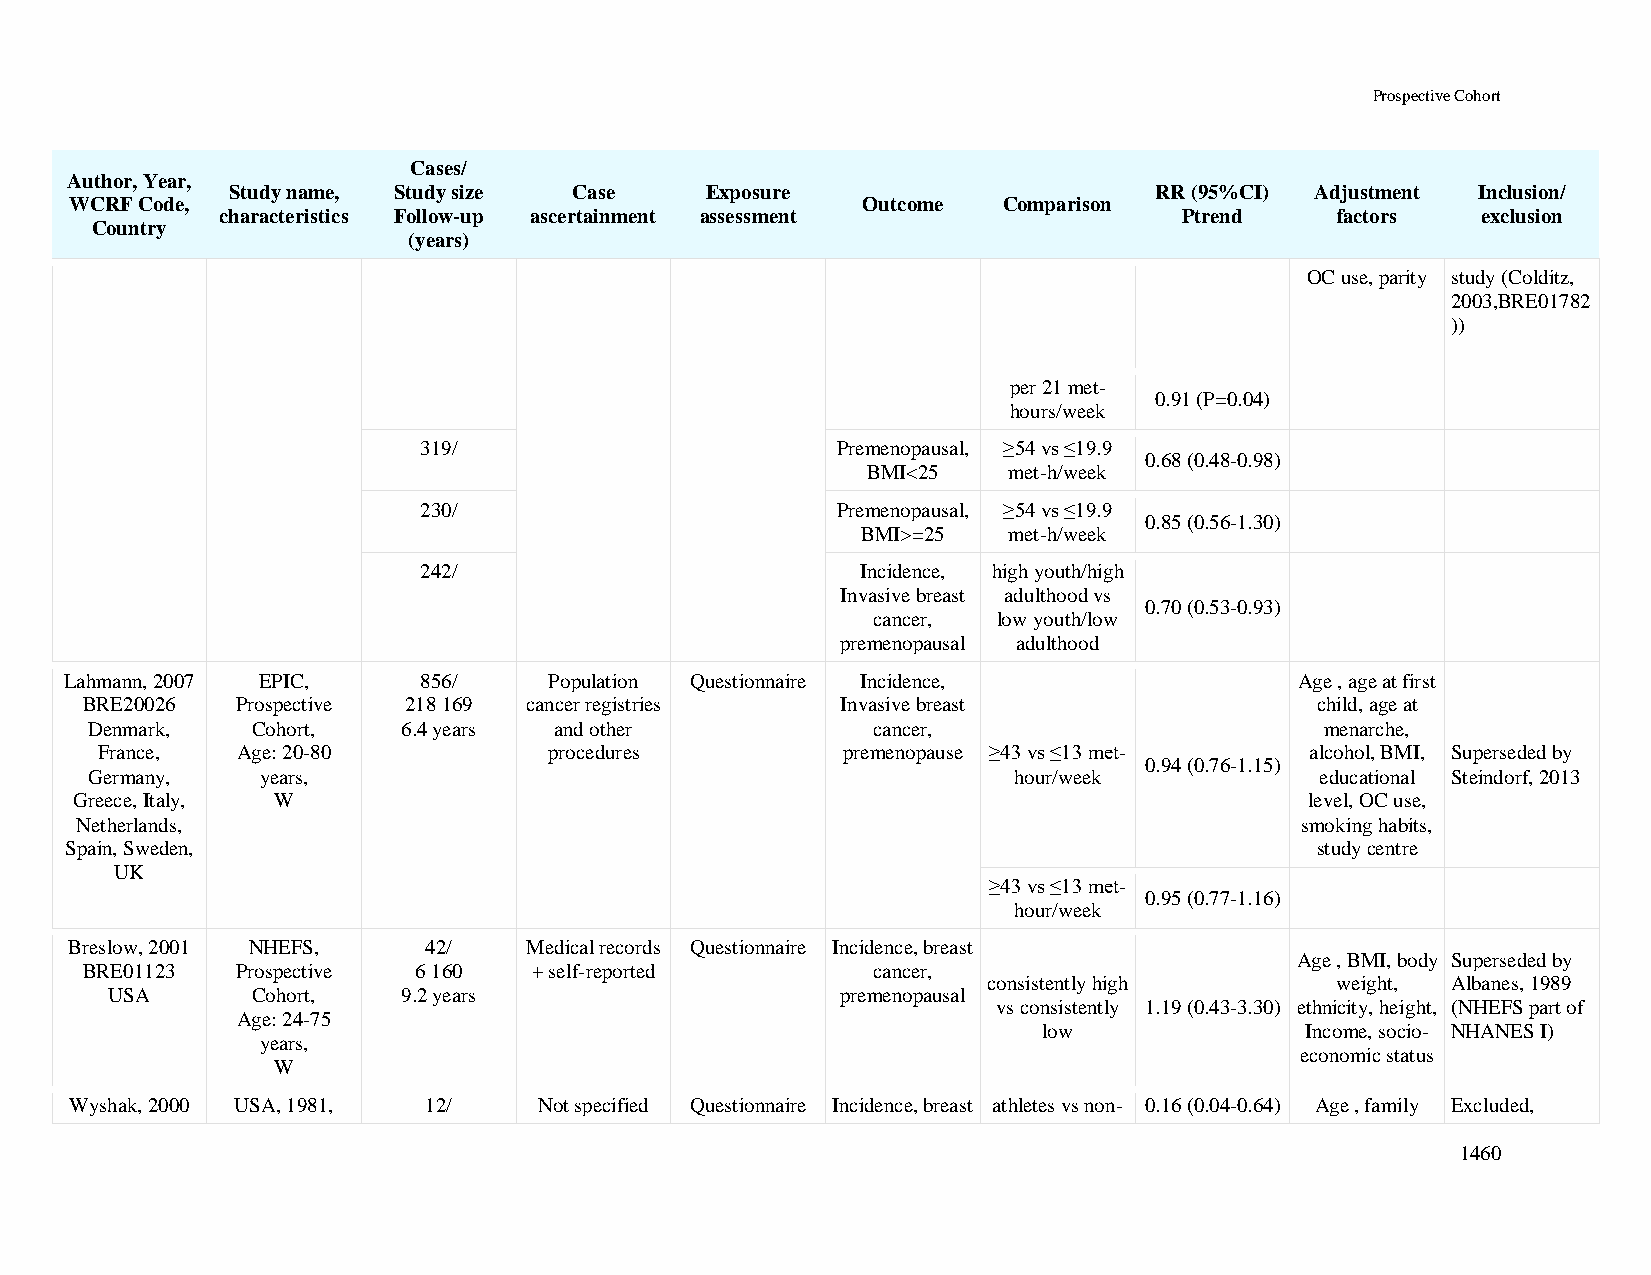
Prospective Cohort
 Cases/
 Author, Year,
 Study name, Study size Case     Exposure                     RR (95%CI) Adjustment Inclusion/
 WCRF Code,                                          Outcome  Comparison
 characteristics Follow-up ascertainment assessment             Ptrend    factors   exclusion
 Country
 (years)
 OC use, parity study (Colditz,
 2003,BRE01782
 ))
 per 21 met-
 0.91 (P=0.04)
 hours/week
 319/                       Premenopausal, ≥54 vs ≤19.9
 0.68 (0.48-0.98)
 BMI<25    met-h/week
 230/                       Premenopausal, ≥54 vs ≤19.9
 0.85 (0.56-1.30)
 BMI>=25   met-h/week
 242/                         Incidence, high youth/high
 Invasive breast adulthood vs
 0.70 (0.53-0.93)
 cancer, low youth/low
 premenopausal adulthood
 Lahmann, 2007 EPIC,     856/    Population Questionnaire Incidence,               Age , age at first
 BRE20026   Prospective 218 169 cancer registries   Invasive breast                child, age at
 Denmark,   Cohort,   6.4 years and other            cancer,                       menarche,
 France,  Age: 20-80          procedures          premenopause ≥43 vs ≤13 met-   alcohol, BMI, Superseded by
 0.94 (0.76-1.15)
 Germany,   years,                                            hour/week           educational Steindorf, 2013
 Greece, Italy, W                                                                  level, OC use,
 Netherlands,                                                                     smoking habits,
 Spain, Sweden,                                                                     study centre
 UK
 ≥43 vs ≤13 met-
 0.95 (0.77-1.16)
 hour/week
 Breslow, 2001 NHEFS,   42/    Medical records Questionnaire Incidence, breast
 Age , BMI, body Superseded by
 BRE01123   Prospective 6 160  + self-reported        cancer,
 consistently high      weight, Albanes, 1989
 USA       Cohort,   9.2 years                    premenopausal
 vs consistently 1.19 (0.43-3.30) ethnicity, height, (NHEFS part of
 Age: 24-75
 low              Income, socio- NHANES I)
 years,
 economic status
 W
 Wyshak, 2000 USA, 1981, 12/    Not specified Questionnaire Incidence, breast athletes vs non- 0.16 (0.04-0.64) Age , family Excluded,
 1460